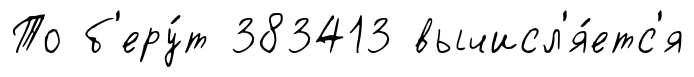
То б'еру́т 383413 вычисл'я́етс'я